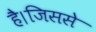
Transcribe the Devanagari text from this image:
है।जिससे